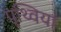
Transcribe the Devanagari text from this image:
पृथ्वियां